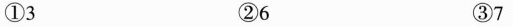
①3 ②6 ③7